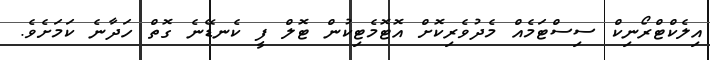
އިލެކްޓްރޯނިކް ސިސްޓަމެއް މެދުވެރިކޮށް އޮޓޮމެޓިކުން ޓޮލް ފީ ކެނޑޭނެ ގޮތް ހަދާނެ ކަމަށެވެ.